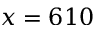
x = 6 1 0